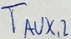
Text: TAUX,2